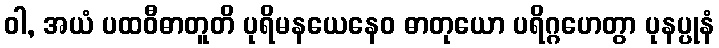
ဝါ, အယံ ပထဝီဓာတူတိ ပုရိမနယေနေဝ ဓာတုယော ပရိဂ္ဂဟေတွာ ပုနပ္ပုနံ